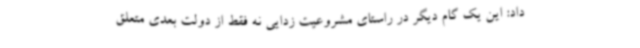
داد: این یک گام دیگر در راستای مشروعیت زدایی نه فقط از دولت بعدی متعلق